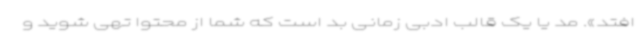
افتد». مد یا یک قالب ادبی زمانی بد است که شما از محتوا تهی شوید و